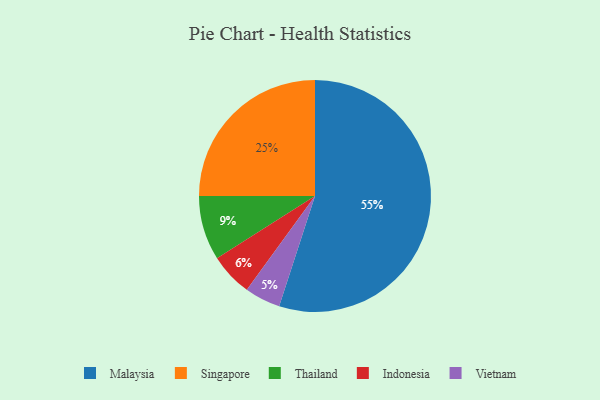
{"axis": {"x": "Category", "y": "Percentage"}, "legend": ["Indonesia", "Malaysia", "Singapore", "Thailand", "Vietnam"], "data": [{"x": "Indonesia", "y": 6, "type": "Indonesia"}, {"x": "Thailand", "y": 9, "type": "Thailand"}, {"x": "Singapore", "y": 25, "type": "Singapore"}, {"x": "Malaysia", "y": 55, "type": "Malaysia"}, {"x": "Vietnam", "y": 5, "type": "Vietnam"}]}